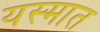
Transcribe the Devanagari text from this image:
यस्मात